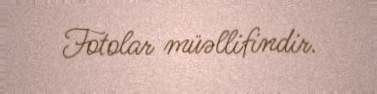
Fotolar müəllifindir.